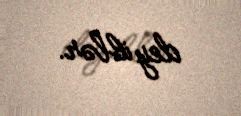
deyiblər.